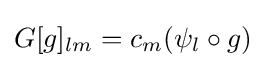
G[g]_{lm}=c_{m}(\psi _{l}\circ g)